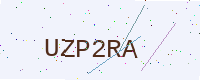
Text: UZP2RA